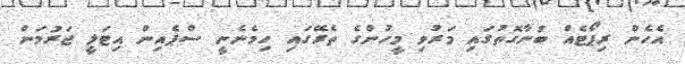
އެހެން ރިޕޯޓެއް ބުނާގޮތުގައި މަރުވި މީހުންގެ ތެރޭގައި ހިމެނެނީ ސްޕެއިން އިޓަލީ ޖަރުމަން